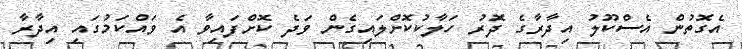
އެގޮތުން އެސްކޫލު އިދާރާގެ ދޮރު ހަލާކުކޮށްލައިގެން ވަދެ ކޮށްފައިވާ އެ ވައްކަމުގައި އިދާރާ